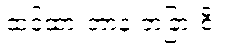
ထင်ထားတာနဲ့ တခြားစီ။